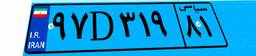
۸۵D۸۵۲۰۶